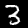
Label: 3